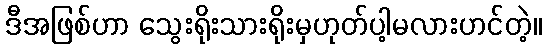
ဒီအဖြစ်ဟာ သွေးရိုးသားရိုးမှဟုတ်ပါ့မလားဟင်တဲ့။